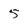
Character: 5